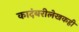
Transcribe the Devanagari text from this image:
कादंबरीलेखकही